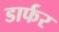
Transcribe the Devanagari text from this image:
डार्फर